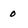
Character: o